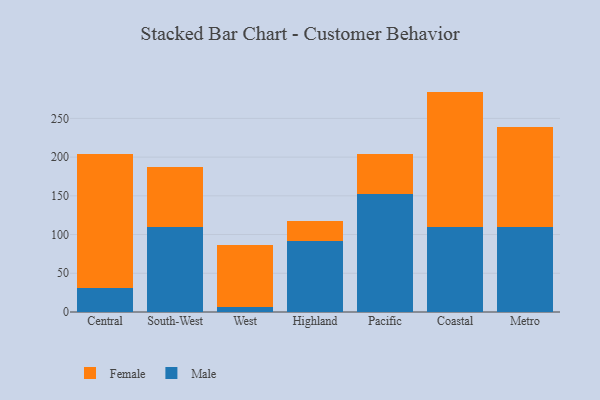
{"axis": {"x": "Region", "y": "Budget (USD K)"}, "legend": ["Female", "Male"], "data": [{"x": "Central", "y": 30.6, "type": "Male"}, {"x": "Central", "y": 172.9, "type": "Female"}, {"x": "South-West", "y": 109.9, "type": "Male"}, {"x": "South-West", "y": 76.7, "type": "Female"}, {"x": "West", "y": 5.9, "type": "Male"}, {"x": "West", "y": 80.7, "type": "Female"}, {"x": "Highland", "y": 91.5, "type": "Male"}, {"x": "Highland", "y": 26.1, "type": "Female"}, {"x": "Pacific", "y": 151.8, "type": "Male"}, {"x": "Pacific", "y": 52.3, "type": "Female"}, {"x": "Coastal", "y": 110.1, "type": "Male"}, {"x": "Coastal", "y": 174.5, "type": "Female"}, {"x": "Metro", "y": 109.8, "type": "Male"}, {"x": "Metro", "y": 128.8, "type": "Female"}]}